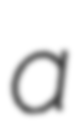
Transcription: a